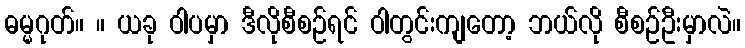
ဓမ္မဂုတ်။ ။ ယခု ဝါပမှာ ဒီလိုစီစဉ်ရင် ဝါတွင်းကျတော့ ဘယ်လို စီစဉ်ဦးမှာလဲ။